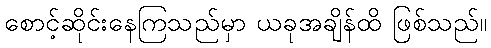
စောင့်ဆိုင်းနေကြသည်မှာ ယခုအချိန်ထိ ဖြစ်သည်။